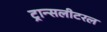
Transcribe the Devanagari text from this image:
ट्रान्सलीटरल